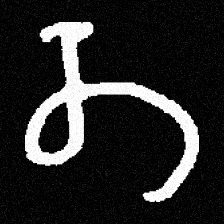
Pyu character \u2014 Myanmar letter: တ (romanized: ta)